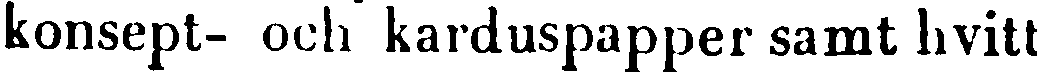
konsept- och karduspapper samt hvitt